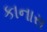
કાનાસ